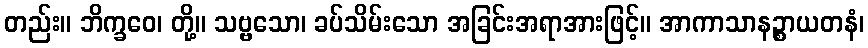
တည်း။ ဘိက္ခဝေ၊ တို့။ သဗ္ဗသော၊ ခပ်သိမ်းသော အခြင်းအရာအားဖြင့်။ အာကာသာနဉ္စာယတနံ၊